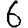
Digit: 6